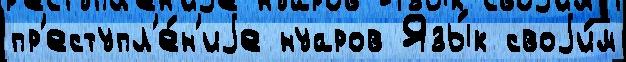
пр'еступл'е́н'иjе нуаров Язы́к своjи́м